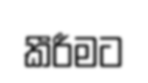
කීරීමට